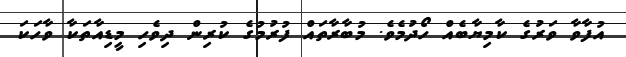
އުފާވާ ވަރުގެ ކާމިޔާބެއް ހޯދުމެވެ. މުބާރާތައް ފުރުމުގެ ކުރިން ދިވެހި މީޑިއާތަކާ ވާހަކަ